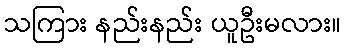
သကြား နည်းနည်း ယူဦးမလား။